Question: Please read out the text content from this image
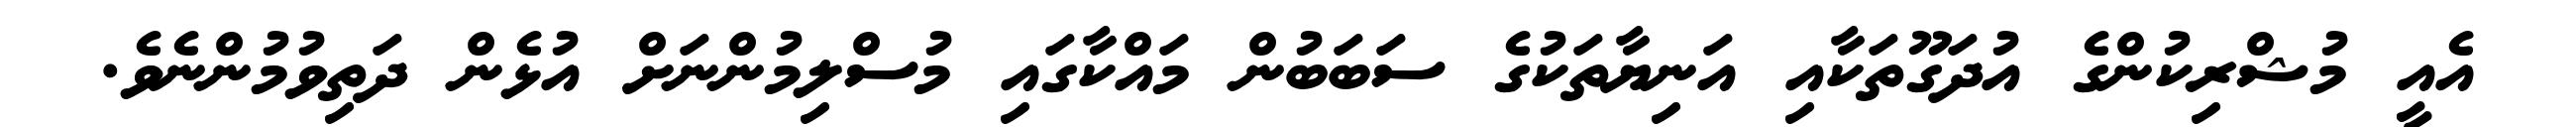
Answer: އެއީ މުޝްރިކުންގެ އުދަގޫތަކާއި އަނިޔާތަކުގެ ސަބަބުން މައްކާގައި މުސްލިމުންނަށް އުޅެން ދަތިވުމުންނެވެ.